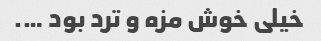
خیلی خوش مزه و ترد بود ….